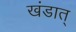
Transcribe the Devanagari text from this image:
खंडात्